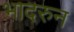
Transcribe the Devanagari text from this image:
भादरुन